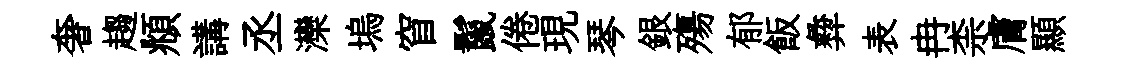
奢趨頫講丞灤塢窅鬣倦現琴銀殤郁飯彜表冉柰膚顯